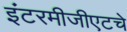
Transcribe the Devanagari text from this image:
इंटरमीजीएटचे